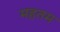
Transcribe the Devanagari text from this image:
महतम